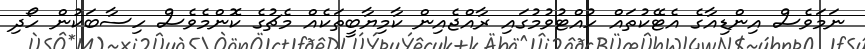
ނަމަވެސް އިންޑިއާގެ އެޓޭކުތައް ހުއްޓުވުމުގައި ރާއްޖެއިން ކާމިޔާބީތަކެއް މެޗުގެ ކޮންމެވެސް ހިސާބަކުން ހޯދި